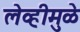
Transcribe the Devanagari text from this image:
लेव्हीमुळे